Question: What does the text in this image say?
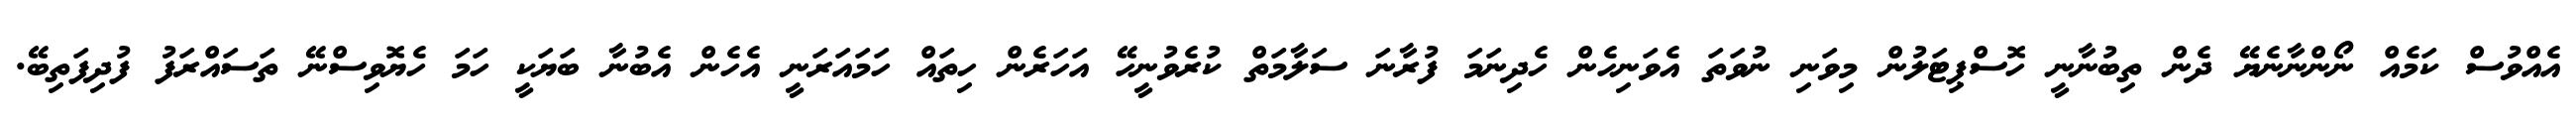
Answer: އެއްވުސް ކަމެއް ނޯންނާނެޔޭ ދެން ތިބުނާނީ ހޮސްޕިޓަލުން މިވަނި ނުވަތަ އެވަނިހެން ހެދިނަމަ ފުރާނަ ސަލާމަތް ކުރެވުނީހޭ އަހަރެން ހިތައް ހަމައަރަނީ އެހެން އެބުނާ ބަޔަކީ ހަމަ ހެޔޮވިސްނޭ ތަސައްރަފު ފުދިފަތިބޭ.